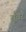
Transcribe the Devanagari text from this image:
सूँवर